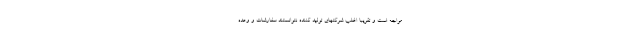
مواجه است و تقریبا اغلب شرکتهای تولید کننده نتوانستند سفارشات و وعده